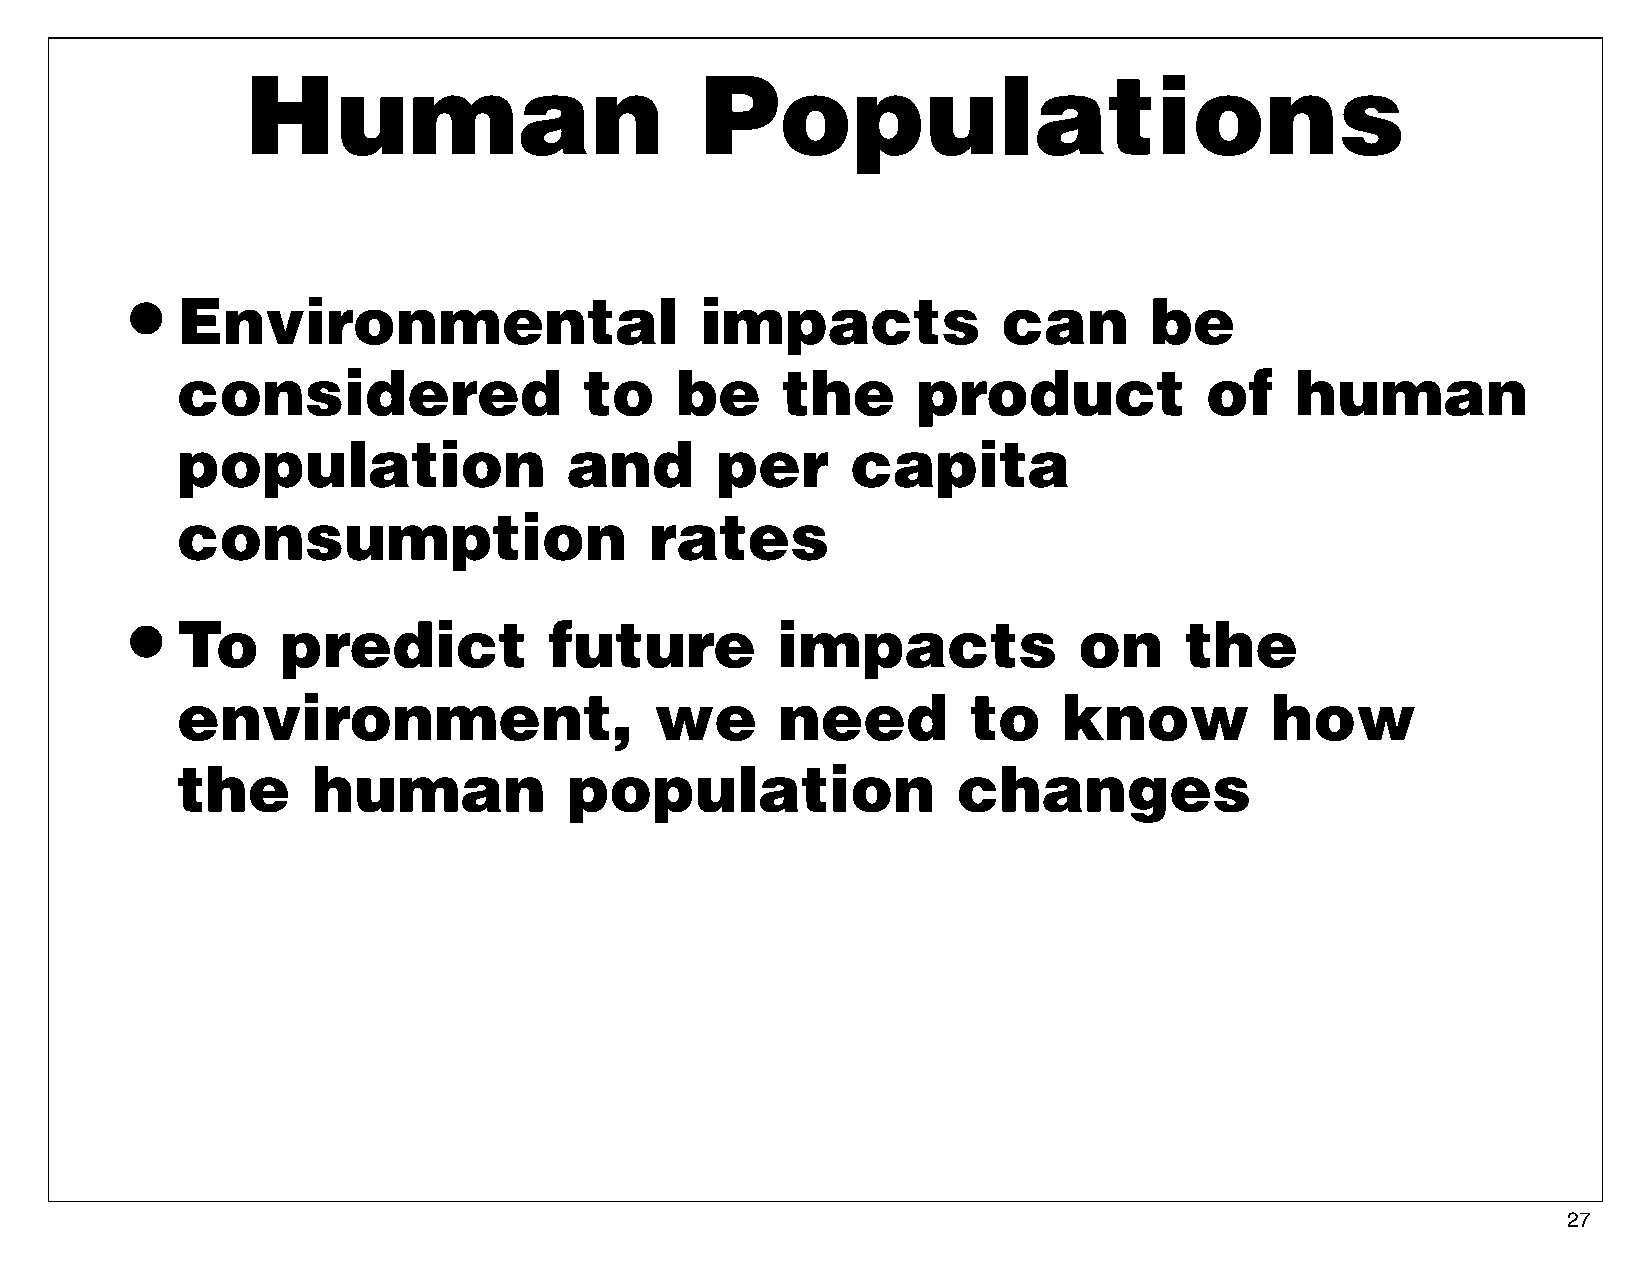
Human                         Populations
 •
 Environmental                     impacts             can       be
 considered                 to    be     the      product            of    human
 population                and      per      capita
 consumption                    rates
 •
 To     predict          future         impacts             on     the
 environment,                   we      need         to    know          how
 the      human            population               changes
 27